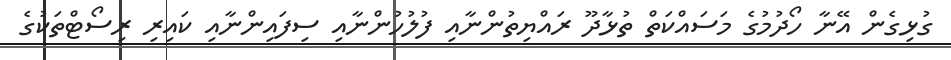
ގުޅިގެން އޭނާ ހޯދުމުގެ މަސައްކަތް ތުޅާދޫ ރައްޔިތުންނާއި ފުލުހުންނާއި ސިފައިންނާއި ކައިރި ރިސޯޓްތަކުގެ